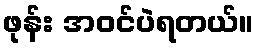
ဖုန်း အဝင်ပဲရတယ်။